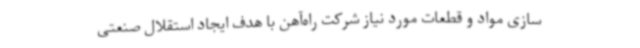
سازی مواد و قطعات مورد نیاز شرکت راه‌آهن با هدف ایجاد استقلال صنعتی